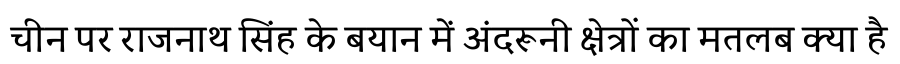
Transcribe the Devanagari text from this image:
चीन पर राजनाथ सिंह के बयान में अंदरूनी क्षेत्रों का मतलब क्या है